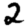
Digit: 2